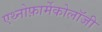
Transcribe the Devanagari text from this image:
एथ्नोफ़ार्मेकोलॉजी